Riigikantselei, lk 81
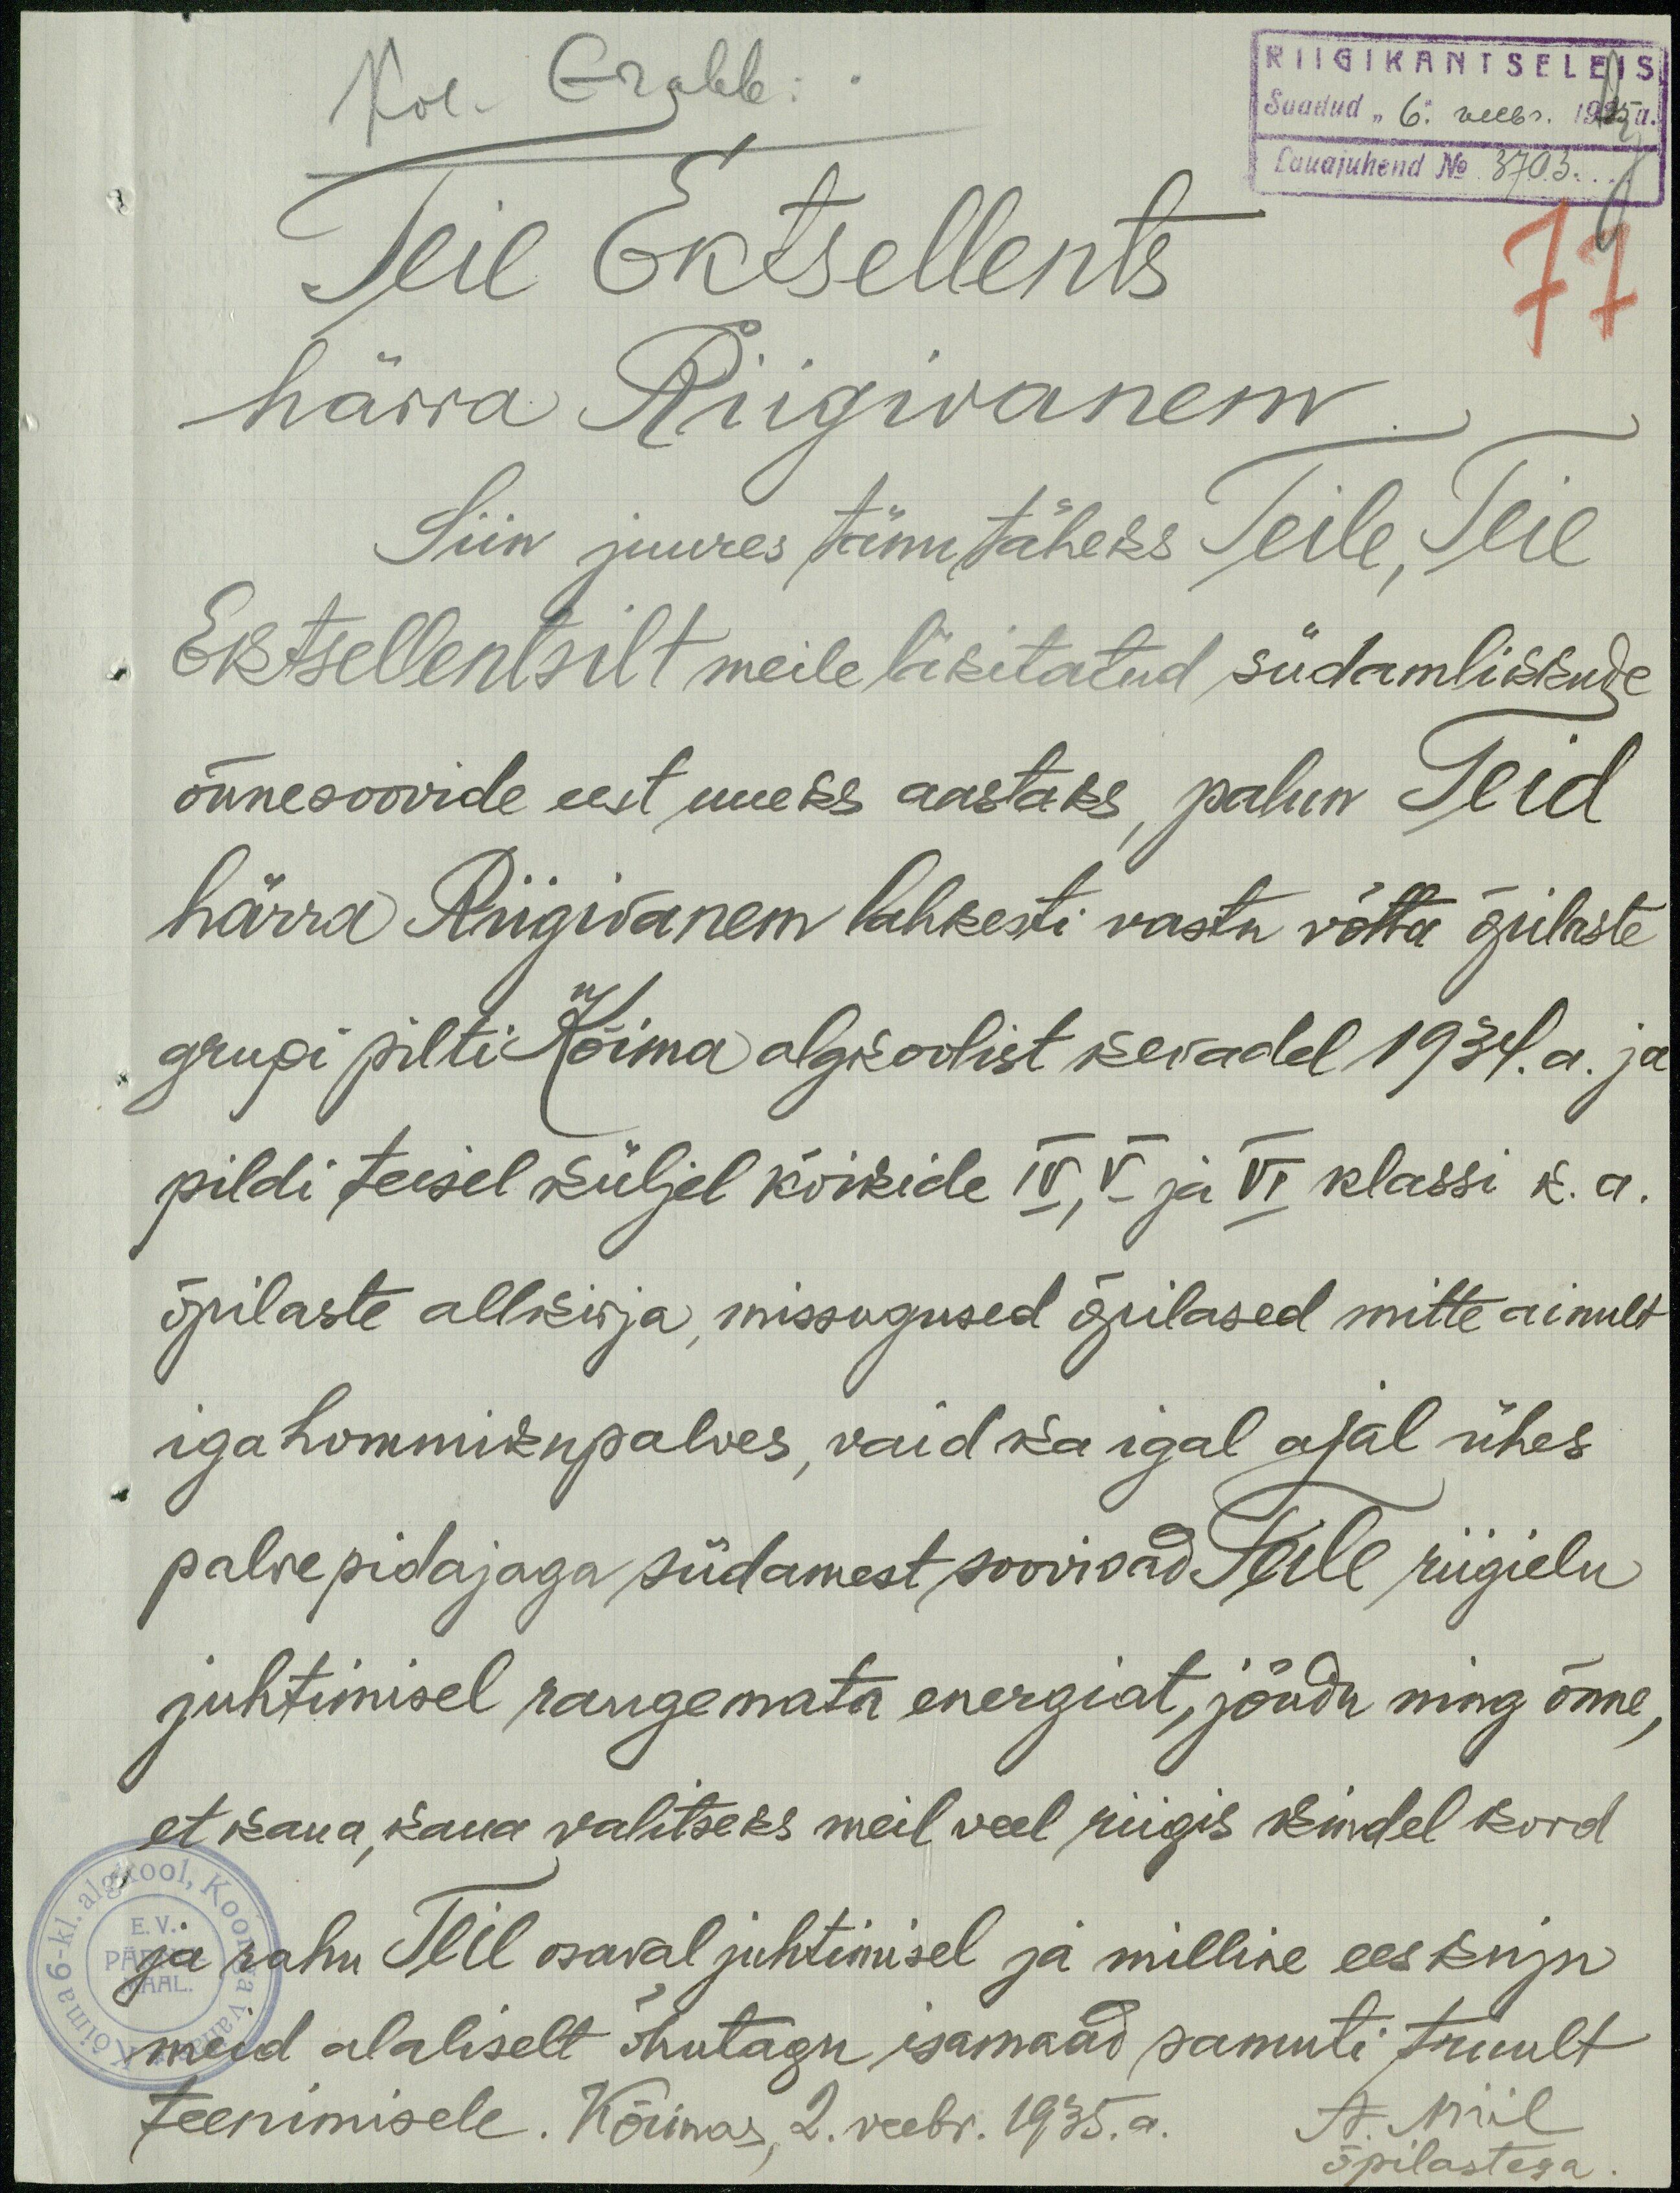
RIIGIKANTSELEIS
Saadud "6" veebr. 1925a.
Lauajuhend No. 3703.
77
Kol. Grabb
Teie Entsellents
härra Riigivanem
Siin juures tänutäheks Teile, Teie
Ekstellentsilt meile läkitatud südamlikkude 
õnnesoovide eest uueks aastaks, palun Teid
härra Riigivanem lahkesti vastu võtta õpilaste
grupi pilti Kõima algkoolist kevadel 1934.a. ja
pildi teisel küljel kõikide IV, V  ja VI klassi k.a.
õpilaste allkirja, missugused õpilased mitte ainult
iga hommikupalves, vaid ka igal ajal ühes
palvepidajaga südamest soovivad Teile riigielu
juhtimisel raugemata energiat, jõudu ning õnne,
et kaua, kaua valitseks meil veel riigis kindel kord
ja rahu Teie osaval juhtimisel ja milline eeskuju
meid alaliselt õhutagu isamaad samuti truult
teenimisele. Kõimas, 2 veebr. 1935a. A. Miil
õpilastega.